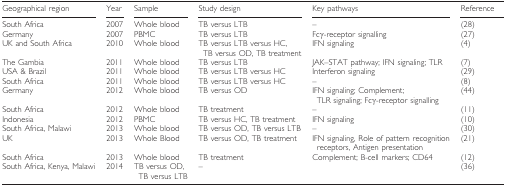
<table><thead><tr><td><b>Geographical region</b></td><td><b>Year</b></td><td><b>Sample</b></td><td><b>Study design</b></td><td><b>Key pathways</b></td><td><b>Reference</b></td></tr></thead><tbody><tr><td>South Africa</td><td>2007</td><td>Whole blood</td><td>TB versus LTB</td><td>–</td><td>(28)</td></tr><tr><td>Germany</td><td>2007</td><td>PBMC</td><td>TB versus LTB</td><td>Fcγ-receptor signalling</td><td>(27)</td></tr><tr><td>UK and South Africa</td><td>2010</td><td>Whole blood</td><td>TB versus LTB versus HC, TB versus OD, TB treatment</td><td>IFN signaling</td><td>(4)</td></tr><tr><td>The Gambia</td><td>2011</td><td>Whole blood</td><td>TB versus LTB</td><td>JAK–STAT pathway; IFN signaling; TLR</td><td>(7)</td></tr><tr><td>USA &amp; Brazil</td><td>2011</td><td>Whole blood</td><td>TB versus LTB versus HC</td><td>Interferon signaling</td><td>(29)</td></tr><tr><td>South Africa</td><td>2011</td><td>Whole blood</td><td>TB versus LTB versus HC</td><td>–</td><td>(8)</td></tr><tr><td>Germany</td><td>2012</td><td>Whole blood</td><td>TB versus OD</td><td>IFN signaling; Complement; TLR signaling; Fcγ-receptor signalling</td><td>(44)</td></tr><tr><td>South Africa</td><td>2012</td><td>Whole blood</td><td>TB treatment</td><td>–</td><td>(11)</td></tr><tr><td>Indonesia</td><td>2012</td><td>PBMC</td><td>TB versus HC, TB treatment</td><td>IFN signaling</td><td>(10)</td></tr><tr><td>South Africa, Malawi</td><td>2013</td><td>Whole blood</td><td>TB versus OD, TB versus LTB</td><td>–</td><td>(30)</td></tr><tr><td>UK</td><td>2013</td><td>Whole Blood</td><td>TB versus OD, TB treatment</td><td>IFN signaling, Role of pattern recognition receptors, Antigen presentation</td><td>(21)</td></tr><tr><td>South Africa</td><td>2013</td><td>Whole blood</td><td>TB treatment</td><td>Complement; B-cell markers; CD64</td><td>(12)</td></tr><tr><td>South Africa, Kenya, Malawi</td><td>2014</td><td>TB versus OD, TB versus LTB</td><td>–</td><td></td><td>(36)</td></tr></tbody></table>